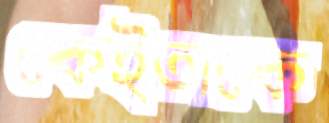
কেইতাকে